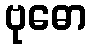
ဗုဓော